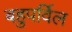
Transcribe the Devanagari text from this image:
बहुपर्विल